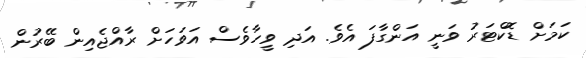
ކަމަށް ޑޮކްޓަރު ވަނީ އަންގާފަ އެވެ. އަދި ވީހާވެސް އަވަަހަށް ރާއްޖެއިން ބޭރުން